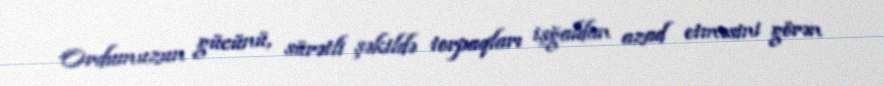
Ordumuzun gücünü, sürətli şəkildə torpaqları işğaldan azad etməsini görən